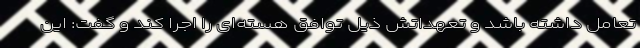
تعامل داشته باشد و تعهداتش ذیل توافق هسته‌ای را اجرا کند و گفت: این